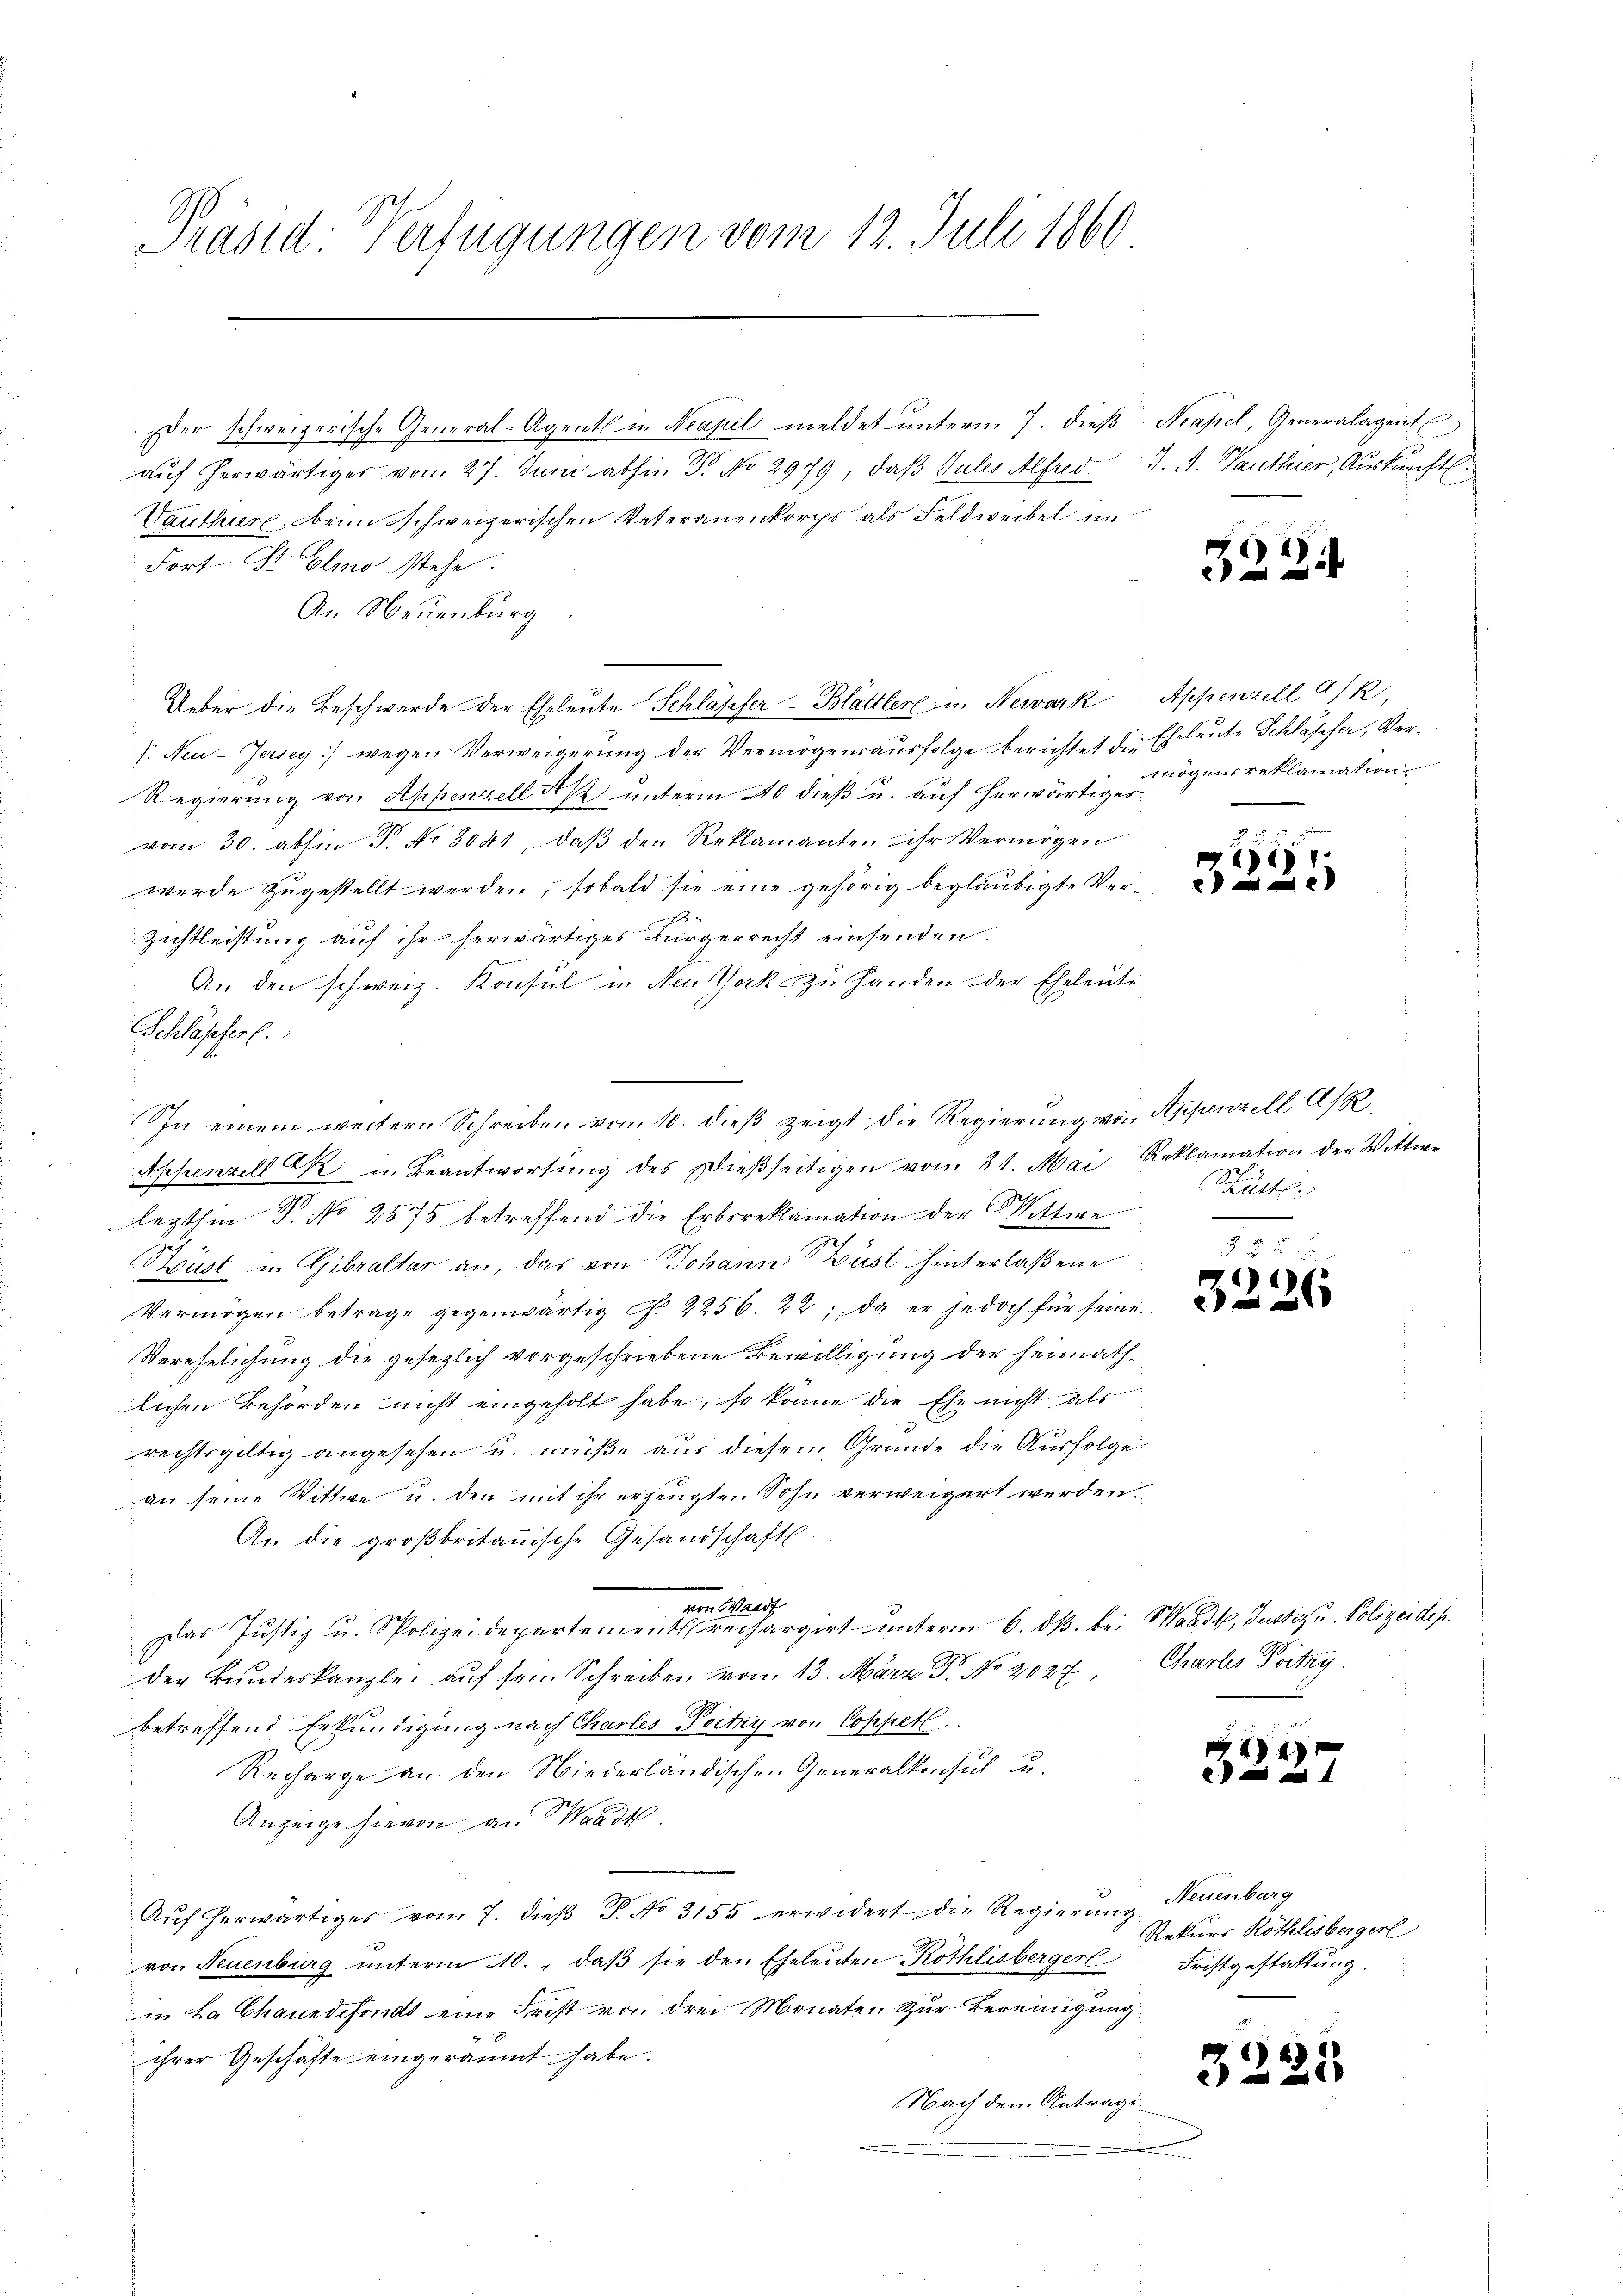
Präsid: Verfügungen vom 12. Juli 1860

der schweizerische General-Agent in Neapel meldet unterm 7. dieß Neapel, Generalagent
auf herwärtiger vom 27. Juni abhin P. No 2979, daß Sules Alfred J. A. Ganthier, Auskunft.
Vanthur beim schweizerischen Veterauenkorps als Feldweibel im
Fort St. Glio stehe.
An Neuenburg.
s. Neu-Jersey) wegen Verweigerŭng der Vermögensaŭsfolge berichtet die Ehrleute Schläpfer, Ver-
Regierung von Appenzell Ak unterm 40 dieß u. auf herwärtiges
vom 30. abhin P. Nr. 3041, daβ den Reklamanten Uhr Vermögen
wurde zugestellt werden, sobald sie eine gehörig begläubigte Ver-
Zistleistung auf ihr herwärtiges Bürgerrecht einsenden.
An den schweiz. Konsul in Neu Werk zu Handen der Eheleute
Schlasserl.
Appenzell Ak u. Beantwortŭng des Dieβseitigen vom 31. Mai Reklamation der Wittwe
lezthin P. No 2575 betreffend die Erbsreklamation der Wittwe
Strüst in Gibraltar an, das von Johann Dust hinterlaßene
Vermögen betrage gegenwärtig Pf. 2256. 22; da er jedoch für seine
Verehelichung die gesezlich vorgeschriebene Bewilligung der heimathlichen Behörden nicht eingeholt habe, so könne die Ehe nicht als
rechtsgültig angesehen u. müße aus diesem Grunde die Ausfolge
an seine Wittwe u. den mit ihr erzeugte. Sohn verweigert werden
An die großbritanische Gesandschaft.
von Waadt.
Das Justiz u. Spolizeidepartement rechargirt ŭnterm 6. dβ bei Waadt, Justiz u. Polizeides.
der Bundeskanzlei auf sein Schreiben vom 13. März Dr. No 2027 Charlis Pritag.
betreffend Erkundigung nach Charles Pritzy von Coppell
Recharge an den Niederländischen Generalkonsul u.
Anzeige hievon an Waadt
Aŭf herwärtiges vom 7. dieβ P. No 3155 erwidert die Regierŭng Neuenburg
von Neuenburg unterm 10. daβ sie den Eheleuten Röthlisbergerl
in La Chaundefonds eine Frist von drei Monaten Zur Bereinigung
ihrer Geschäfte eingeräumt habe.
Nach dem Antrage

Ueber die Beschwerde der Eheleute Schläpfer-Blättler u. Nervark Appenzell a/R

In einem weitern Schreiben vom 10. dieß zeigt, die Regierung von Appenzell A/R

32.

mögensreklamation

6)

Hütter

8)
 x

2
e

325

1
ae

a

s

Rekurs Röthlisbergerl
Fristgestattung.

5